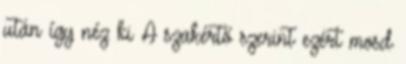
után így néz ki A szakértő szerint ezért mosd